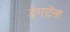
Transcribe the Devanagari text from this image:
डेंगळेंना